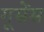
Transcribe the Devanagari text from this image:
गूसेंस